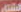
الشتاء